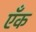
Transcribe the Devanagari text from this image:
एँक